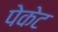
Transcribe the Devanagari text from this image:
पेकेट